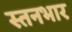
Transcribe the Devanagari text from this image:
स्तनभार